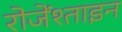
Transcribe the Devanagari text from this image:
रोजेंश्ताइन